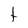
Character: t